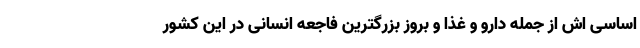
اساسی اش از جمله دارو و غذا و بروز بزرگترین فاجعه انسانی در این کشور